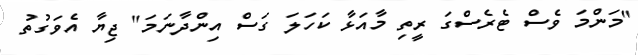
"މަންމަ ވެސް ޓެރެސްގަ ރީތި މާއަޅާ ކަހަލަ ގަސް އިންދާނަމަ" ޖިޔާ އެވަގުތު